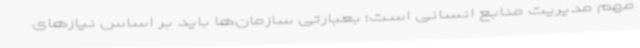
مهم مدیریت منابع انسانی است؛ بعبارتی سازمان‌ها باید بر اساس نیازهای